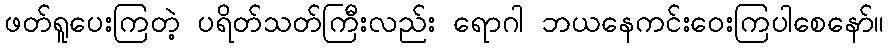
ဖတ်ရူပေးကြတဲ့ ပရိတ်သတ်ကြီးလည်း ရောဂါ ဘယနေကင်းဝေးကြပါစေနော်။